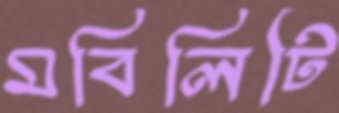
মবিলিটি